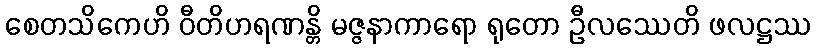
စေတသိကေဟိ ဝီတိဟရဏန္တိ မဇ္ဇနာကာရော ရုတော ဦလဿေတိ ဖလဋ္ဌဿ